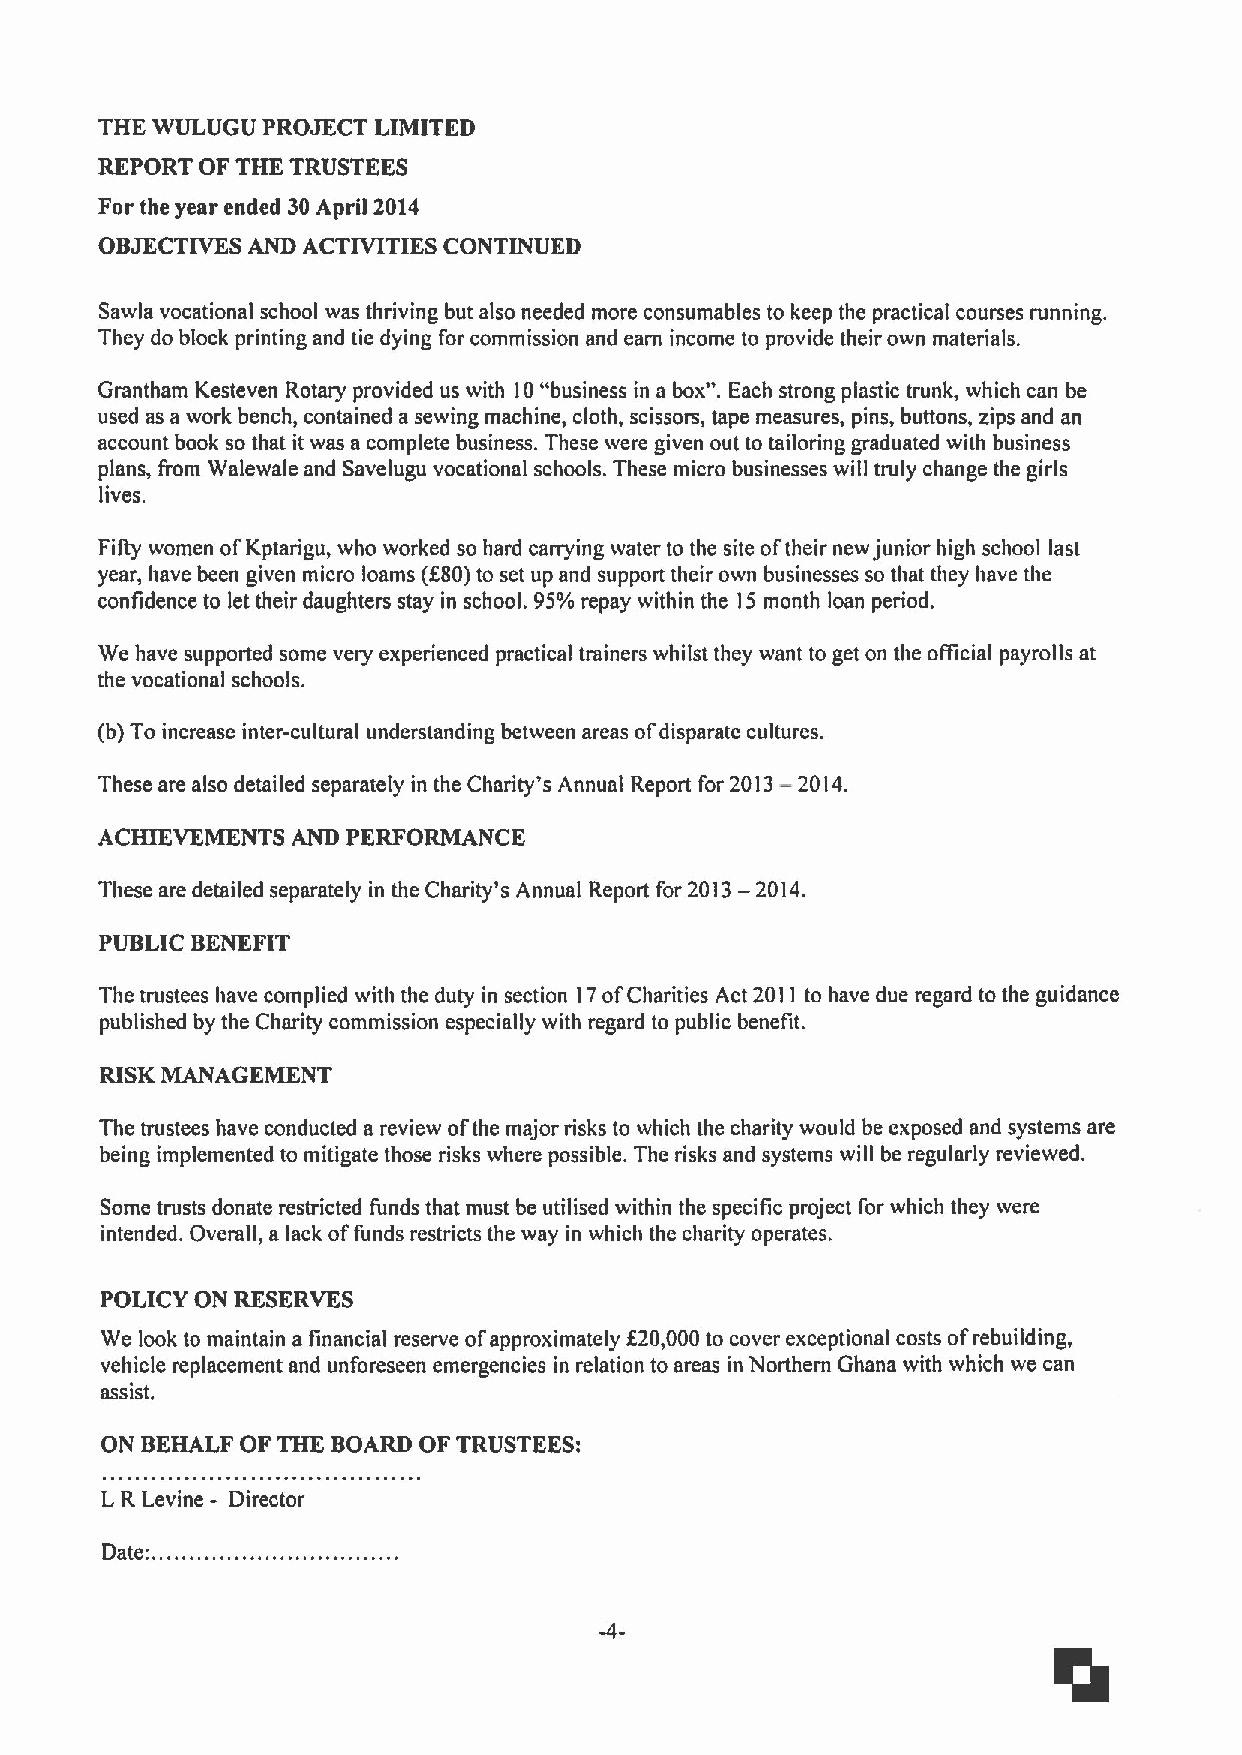
THE WULUGU PROJECT LIMITED
 REPORT OF THE TRUSTEES
 For the year ended 30April 2014
 OBJECTIVES AND ACTIVITIES CONTINUED
 Sawla vocational school was thriving but also needed more consumables to keep the practical courses running.
 They do block printing and tie dying for commission and earn income to provide their own materials.
 Grantham Kesteven Rotary provided us with 10"business in a box". Each strong plastic trunk, which can be
 used as a work bench, contained a sewing machine, cloth, scissors, tape measures, pins, buttons, zips and an
 account book so that it was a complete business. These were given out to tailoring graduated with business
 plans, from Walewale and Savelugu vocational schools. These micro businesses will truly change the girls
 lives.
 FiRy women ofKptarigu, who worked so hard carrying water to the site oftheir new junior high school last
 year, have been given micro loams (F80)to set up and support their own businesses so that they have the
 confidence to let their daughters stay in school. 95%repay within the 15month loan period.
 We have supported some very experienced practical trainers whilst they want to get on the oAicial payrolls at
 the vocational schools.
 (b)To increase inter-cultural understanding between areas ofdisparate cultures.
 These are also detailed separately in the Charity's Annual Report for 2013—2014.
 ACHIEVEMENTS AND PERFORMANCE
 These are detailed separately in the Charity's Annual Report for
 2013—2014.
 PUBLIC BENEFIT
 The trustees have complied with the duty in section 17ofCharities Act 2011 to have due regard to the guidance
 published by the Charity commission especially with regard to public benefit.
 RISKMANAGEMENT
 The trustees have conducted a review ofthe major risks to which the charity would be exposed and systems are
 being implemented to mitigate those risks where possible. The risks and systems will be regularly reviewed.
 Some trusts donate restricted funds that must be utilised within the specific project for which they were
 intended. Overall, a lack offunds restricts the way in which the charity operates.
 POLICY ON RESERVES
 We look to maintain a financial reserve ofapproximately f 20,000to cover exceptional costs ofrebuilding,
 vehicle replacement and unforeseen emergencies in relation to areas in Northern Ghana with which we can
 assist.
 ON BEHALF OF THE BOARD OF TRUSTEES:
 LR Levine - Director
 .
 Date:.